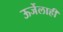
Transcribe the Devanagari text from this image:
ऊर्जेलाही